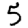
Digit: 5